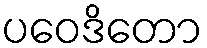
ပဝေဒိတော